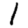
Digit: 1